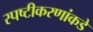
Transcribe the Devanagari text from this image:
स्पष्टीकरणांकडे